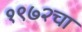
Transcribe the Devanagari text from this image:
१९७२चा